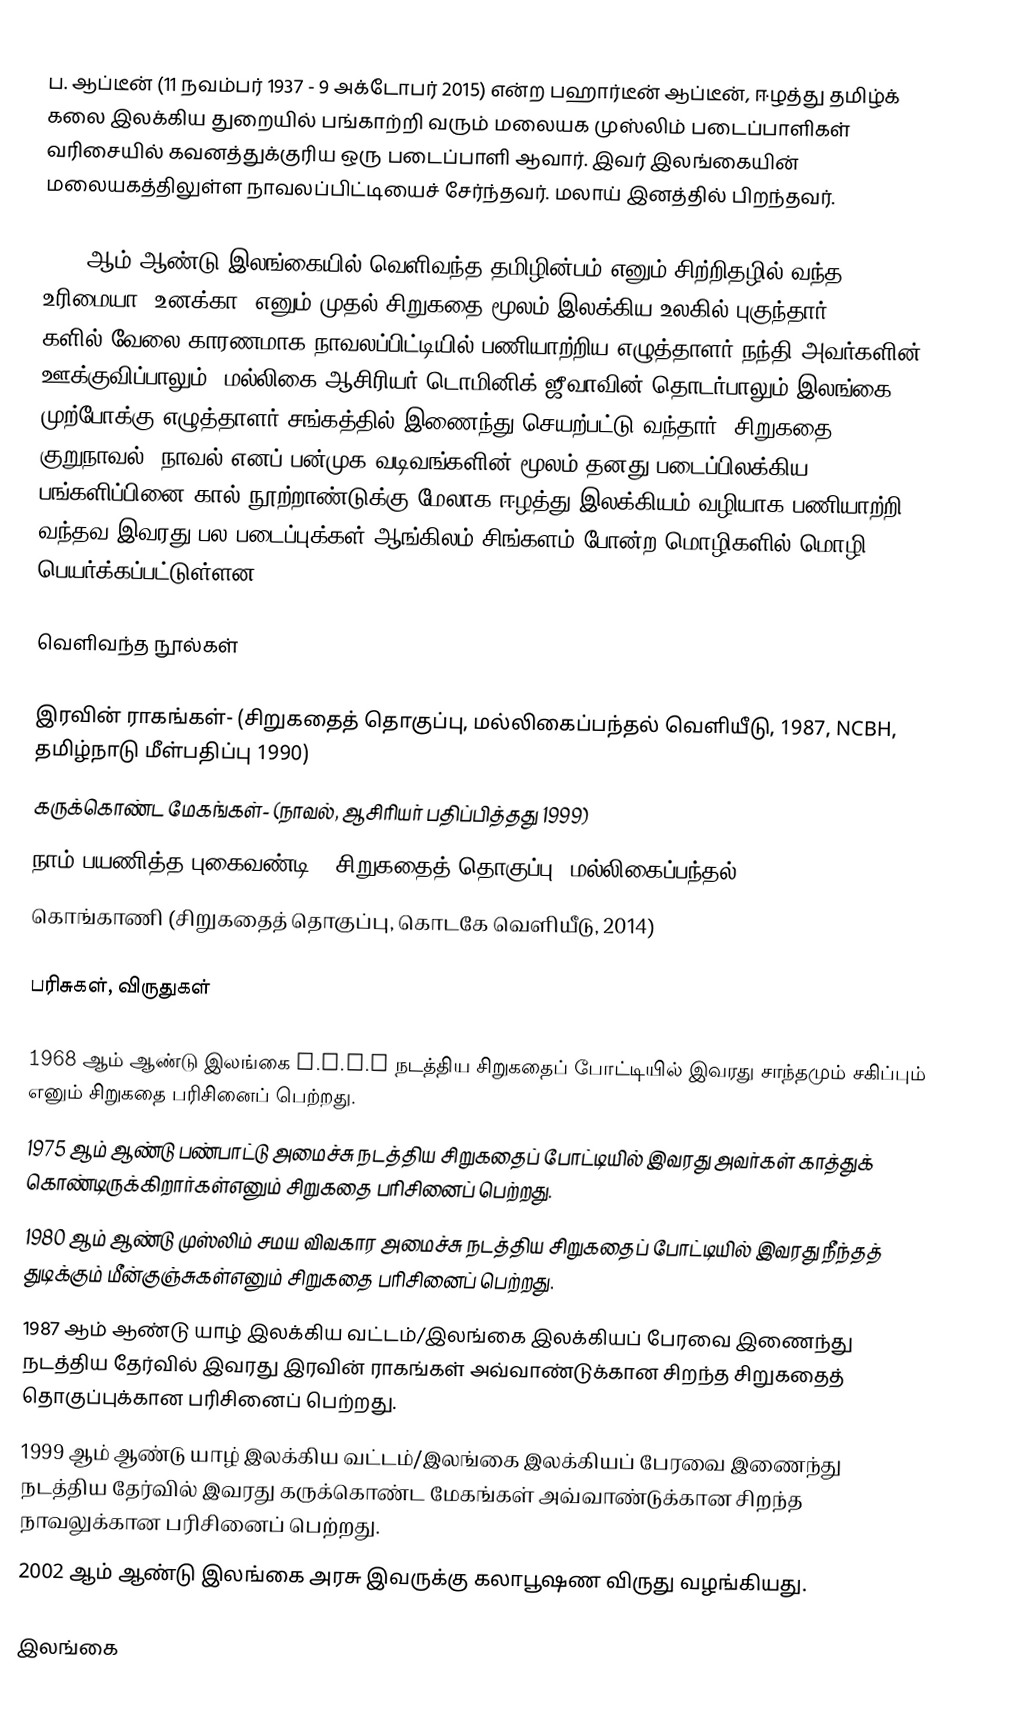
ப. ஆப்டீன் (11 நவம்பர் 1937 - 9 அக்டோபர் 2015) என்ற பஹார்டீன் ஆப்டீன், ஈழத்து தமிழ்க் கலை இலக்கிய துறையில் பங்காற்றி வரும் மலையக முஸ்லிம் படைப்பாளிகள் வரிசையில் கவனத்துக்குரிய ஒரு படைப்பாளி ஆவார். இவர் இலங்கையின் மலையகத்திலுள்ள நாவலப்பிட்டியைச் சேர்ந்தவர். மலாய் இனத்தில் பிறந்தவர்.

1962 ஆம் ஆண்டு இலங்கையில் வெளிவந்த தமிழின்பம் எனும் சிற்றிதழில் வந்த உரிமையா? உனக்கா? எனும் முதல் சிறுகதை மூலம் இலக்கிய உலகில் புகுந்தார். 1960 களில் வேலை காரணமாக நாவலப்பிட்டியில் பணியாற்றிய எழுத்தாளர் நந்தி அவர்களின் ஊக்குவிப்பாலும், மல்லிகை ஆசிரியர் டொமினிக் ஜீவாவின் தொடர்பாலும்  இலங்கை முற்போக்கு எழுத்தாளர் சங்கத்தில் இணைந்து செயற்பட்டு வந்தார். சிறுகதை, குறுநாவல், நாவல் எனப் பன்முக வடிவங்களின் மூலம் தனது படைப்பிலக்கிய பங்களிப்பினை கால் நூற்றாண்டுக்கு மேலாக ஈழத்து இலக்கியம் வழியாக பணியாற்றி வந்தவ இவரது பல படைப்புக்கள் ஆங்கிலம்,சிங்களம் போன்ற மொழிகளில் மொழி பெயர்க்கப்பட்டுள்ளன.

வெளிவந்த நூல்கள்

 இரவின் ராகங்கள்- (சிறுகதைத் தொகுப்பு, மல்லிகைப்பந்தல் வெளியீடு, 1987, NCBH, தமிழ்நாடு மீள்பதிப்பு 1990)
 கருக்கொண்ட மேகங்கள்- (நாவல், ஆசிரியர் பதிப்பித்தது 1999)
 நாம் பயணித்த புகைவண்டி- (சிறுகதைத் தொகுப்பு, மல்லிகைப்பந்தல் 2003)
 கொங்காணி (சிறுகதைத் தொகுப்பு, கொடகே வெளியீடு, 2014)

பரிசுகள், விருதுகள்

1968 ஆம் ஆண்டு இலங்கை Y.M.M.A நடத்திய சிறுகதைப் போட்டியில் இவரது சாந்தமும் சகிப்பும் எனும் சிறுகதை பரிசினைப் பெற்றது.
1975 ஆம் ஆண்டு பண்பாட்டு அமைச்சு நடத்திய சிறுகதைப் போட்டியில் இவரது அவர்கள் காத்துக் கொண்டிருக்கிறார்கள்எனும் சிறுகதை பரிசினைப் பெற்றது.
1980 ஆம் ஆண்டு முஸ்லிம் சமய விவகார அமைச்சு நடத்திய சிறுகதைப் போட்டியில் இவரது நீந்தத் துடிக்கும் மீன்குஞ்சுகள்எனும் சிறுகதை பரிசினைப் பெற்றது.
 1987  ஆம் ஆண்டு யாழ் இலக்கிய வட்டம்/இலங்கை இலக்கியப் பேரவை இணைந்து நடத்திய தேர்வில் இவரது இரவின் ராகங்கள் அவ்வாண்டுக்கான சிறந்த சிறுகதைத் தொகுப்புக்கான பரிசினைப் பெற்றது.
 1999  ஆம் ஆண்டு யாழ் இலக்கிய வட்டம்/இலங்கை இலக்கியப் பேரவை இணைந்து நடத்திய தேர்வில் இவரது கருக்கொண்ட மேகங்கள் அவ்வாண்டுக்கான சிறந்த நாவலுக்கான பரிசினைப் பெற்றது.
 2002 ஆம் ஆண்டு இலங்கை அரசு இவருக்கு கலாபூஷண விருது வழங்கியது.

இலங்கை